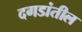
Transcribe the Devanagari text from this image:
दगडांतील